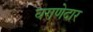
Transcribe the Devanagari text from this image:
घराणेदार